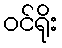
ဝင်ရိုး